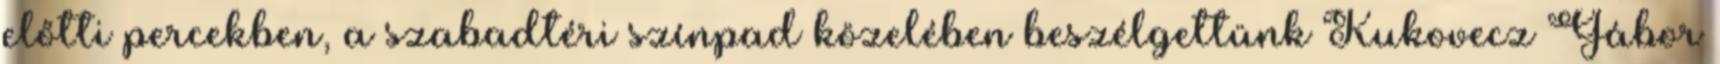
előtti percekben, a szabadtéri színpad közelében beszélgettünk Kukovecz Gábor